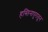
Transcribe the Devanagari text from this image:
हस्तिनापुरातून